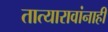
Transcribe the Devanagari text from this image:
तात्यारावांनाही